65_HS1-834228961_62-HQ-83894_Section_7
Agency: FBI
Page 170
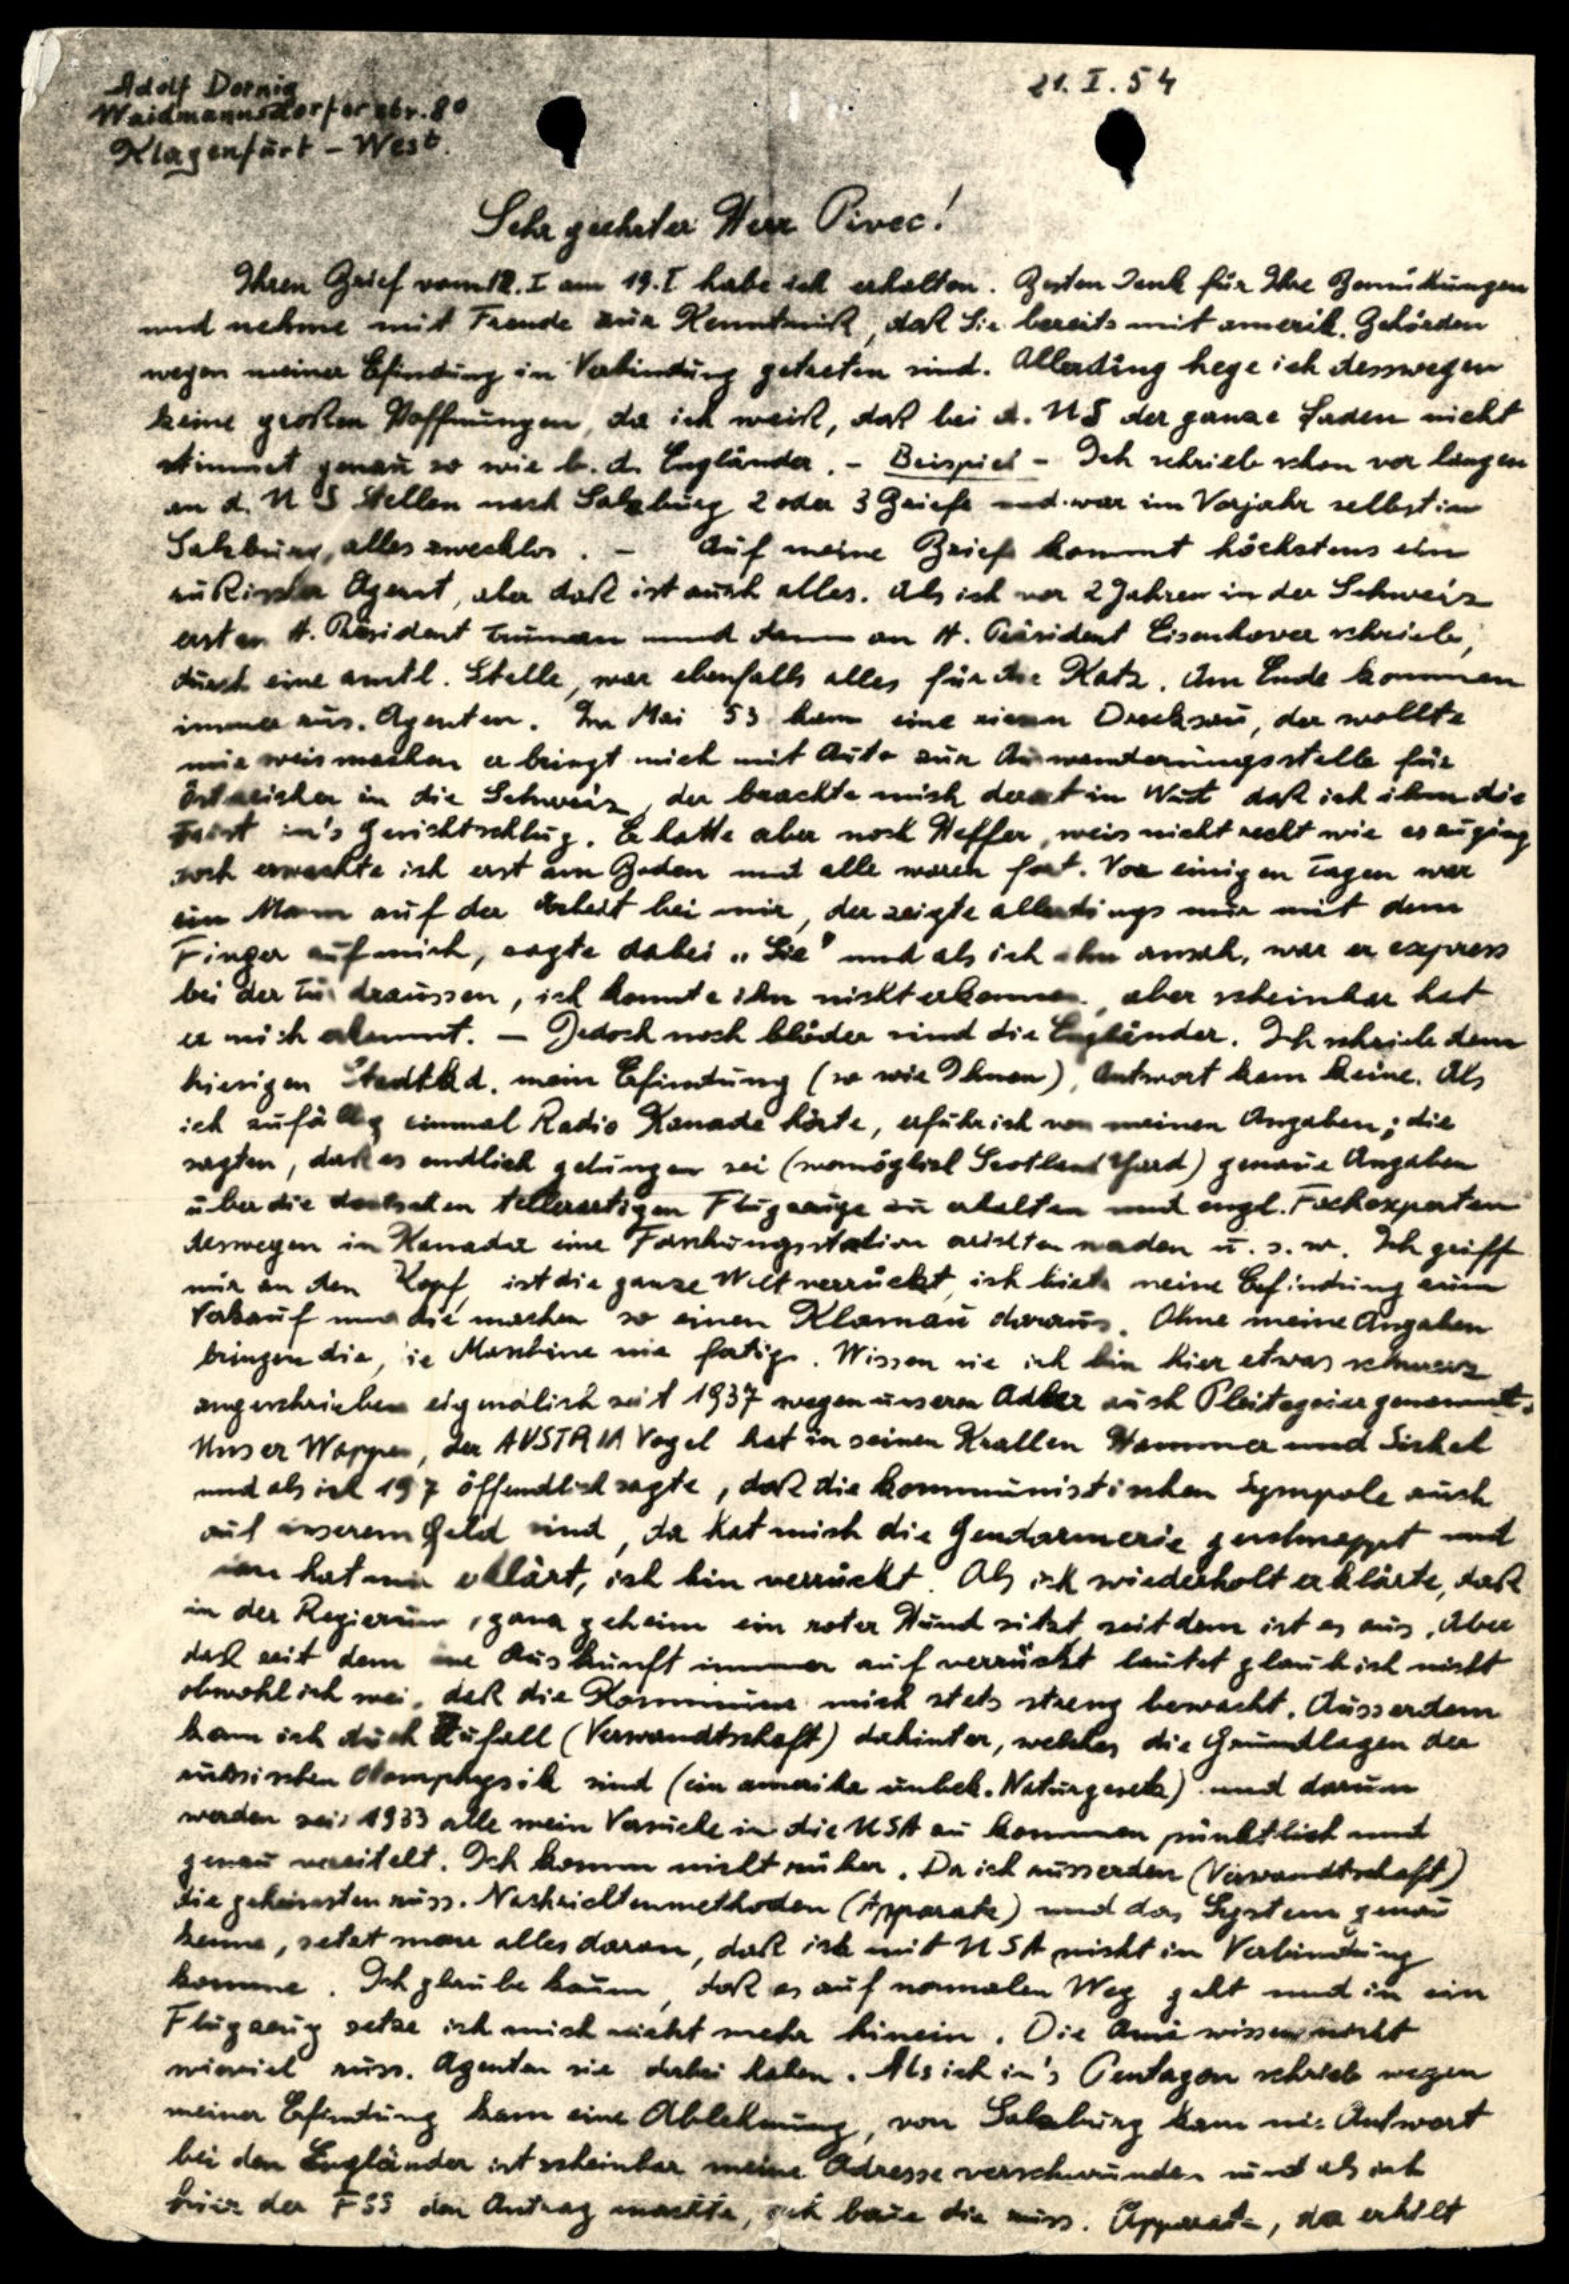